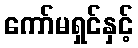
ကော်မရှင်နှင့်